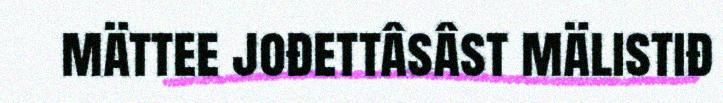
mättee jođettâsâst mälistiđ